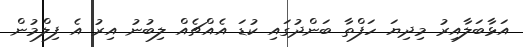
އަޅާބަލާއިރު މިދިޔަ ހަފްތާ ބަންދުގައި ކުޑަ އެއްޗެއް ލިބުނު އިރު އެ ފިލްމުން